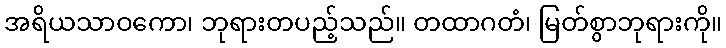
အရိယသာဝကော၊ ဘုရားတပည့်သည်။ တထာဂတံ၊ မြတ်စွာဘုရားကို။